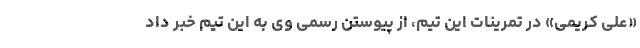
«علی کریمی» در تمرینات این تیم، از پیوستن رسمی وی به این تیم خبر داد